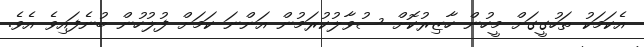
އެކަމަކު ތަހުގީގަށް މީހުން ހާޒިރުކޮށް ސުވާލުކުރަމުން އަންނަ ކަމަށް ފުލުހުން ބުނެފައިވެ އެވެ.